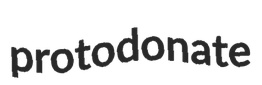
protodonate